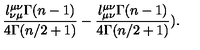
\frac { l _ { \nu \mu } ^ { \mu \nu } \Gamma ( n - 1 ) } { 4 \Gamma ( n / 2 + 1 ) } - \frac { l _ { \mu \nu } ^ { \mu \nu } \Gamma ( n - 1 ) } { 4 \Gamma ( n / 2 + 1 ) } ) .